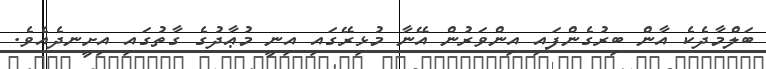
ބަލްމާދެކެ އާން ބިރުގެންފައި އިންވަރުން އޭނާ މުޅިރޭގައި އިނީ މުޢާދުގެ ގާތުގައި އިށީނދެއެވެ.